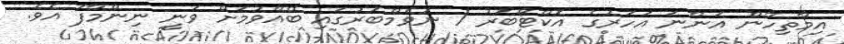
އިމާތިހާން އަންނަ އަހަރުގެ އޮކްޓޯބަރު / ނޮވެމްބަރުގައި ބޭއްވުމަށް ވަނީ ނިންމާފަ އެވެ.